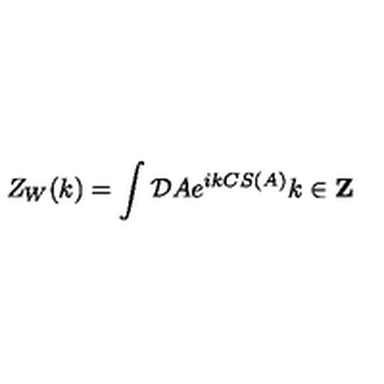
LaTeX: Z _ { W } ( k ) = \int { \cal D \/ } A e ^ { i k C S ( A ) } k \in { \bf Z }